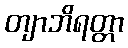
တျာဘိရတ္တာ